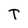
Character: T